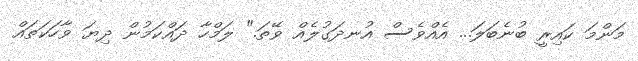
މަންމަ ކައިރީ ބުނެބަލަ... އެއްވެސް އުނދަގުލެއް ވޭތަ." ލަމްހާ ދައްކަމުން ދިޔަ ވާހަކަތައް